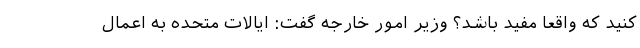
کنید که واقعا مفید باشد؟ وزیر امور خارجه گفت: ایالات متحده به اعمال